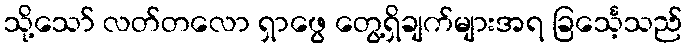
သို့သော် လတ်တလော ရှာဖွေ တွေ့ရှိချက်များအရ ခြင်္သေ့သည်